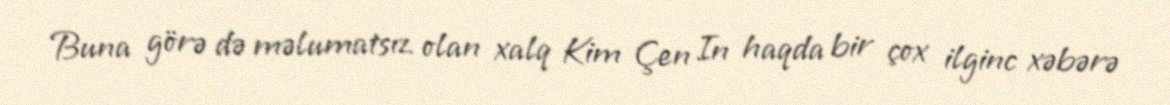
Buna görə də məlumatsız olan xalq Kim Çen In haqda bir çox ilginc xəbərə